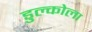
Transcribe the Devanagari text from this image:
डुल्कोला